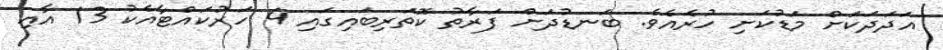
އަދަދަަކަށް މަޑުކަށި ހުރެއެވެ. ބަނޑުދަށް ފަރާތު ކޮތަރިބައިގައި 4 ހަރުކައްޓާއެކު 13 އާއި